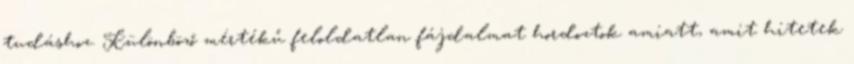
tudáshoz. Különböző mértékű feloldatlan fájdalmat hordoztok amiatt, amit hitetek